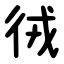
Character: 㣝